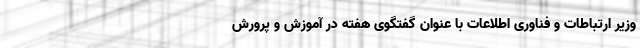
وزیر ارتباطات و فناوری اطلاعات با عنوان گفتگوی هفته در آموزش و پرورش